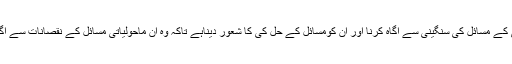
اس دن کو منانے کا مقصد دنیا بھر کے انسانوں کو پانی کے مسائل کی سنگینی سے آگاہ کرنا اور ان کومسائل کے حل کی کا شعور دیناہے تاکہ وہ ان ماحولیاتی مسائل کے نقصانات سے آگاہ ہوں اور ماحول کے تحفظ کی جدوجہد میں شامل ہوں۔